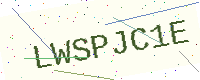
Text: LWSPJC1E